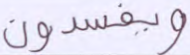
ويفسدون